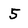
Character: 5